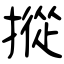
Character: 摐